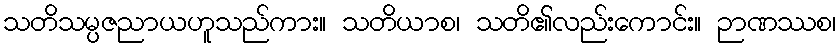
သတိသမ္ပဇညာယဟူသည်ကား။ သတိယာစ၊ သတိ၏လည်းကောင်း။ ဉာဏဿစ၊